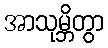
အာသုမ္ဘိတွာ